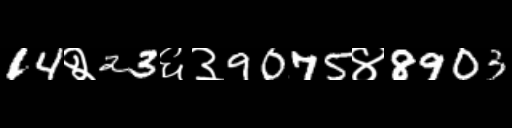
Text: 14२23६३9075४8903